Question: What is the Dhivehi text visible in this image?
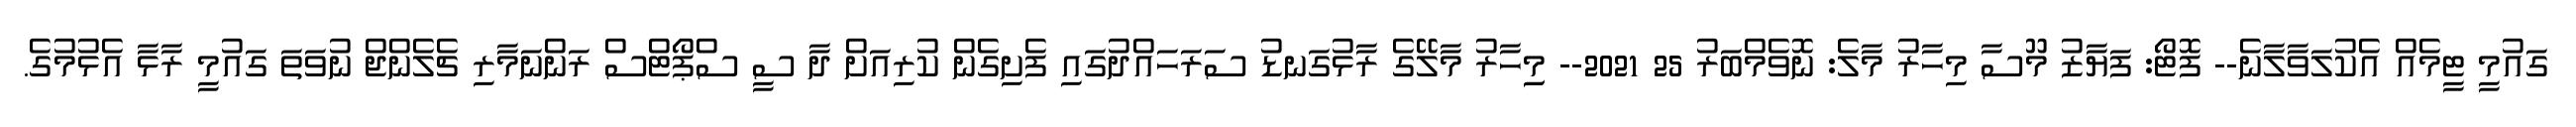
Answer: ގައުމީ ޓީމެއް އެކުލަވާލާނެ-- ފޮޓޯ: ފަޔާޒު މޫސާ މިހާރު މާލެ: ނޮވެމްބަރު 25 2021-- މިިހާރު މާލޭގެ ރާޅުގަނޑު ސަރަހައްދުގައި ފެށިގެން ކުރިއަށް ދާ ސީ ސްޕޯޓްސް ރަންނަމާރި ޗެލެންޖް ނުވަތަ ގައުމީ ރާޅާ އެޅުމުގެ.